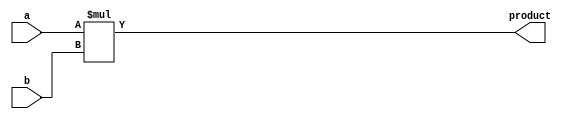
// MIT License
// 
// Copyright (c) 2021-2024 iCAS Lab
// 
// Permission is hereby granted, free of charge, to any person obtaining a copy
// of this software and associated documentation files (the "Software"), to deal
// in the Software without restriction, including without limitation the rights
// to use, copy, modify, merge, publish, distribute, sublicense, and/or sell
// copies of the Software, and to permit persons to whom the Software is
// furnished to do so, subject to the following conditions:
// 
// The above copyright notice and this permission notice shall be included in all
// copies or substantial portions of the Software.
// 
// THE SOFTWARE IS PROVIDED "AS IS", WITHOUT WARRANTY OF ANY KIND, EXPRESS OR
// IMPLIED, INCLUDING BUT NOT LIMITED TO THE WARRANTIES OF MERCHANTABILITY,
// FITNESS FOR A PARTICULAR PURPOSE AND NONINFRINGEMENT. IN NO EVENT SHALL THE
// AUTHORS OR COPYRIGHT HOLDERS BE LIABLE FOR ANY CLAIM, DAMAGES OR OTHER
// LIABILITY, WHETHER IN AN ACTION OF CONTRACT, TORT OR OTHERWISE, ARISING FROM,
// OUT OF OR IN CONNECTION WITH THE SOFTWARE OR THE USE OR OTHER DEALINGS IN THE
// SOFTWARE.

// Company: iCAS Lab, University of South Carolina
// Design Name: 
// Module Name: accurate_multiplier
// Project Name: 
// Target Devices: 
// Tool Versions: 
// Description: 
// 
// Dependencies: 
// 
// Revision:
// Revision 0.01 - File Created


`timescale 1ns / 1ps

module accurate_multiplier #(
    parameter a_BW = 4, 
    parameter b_BW = 4
    
    )                       (
    input [a_BW-1:0] a,
    input [b_BW-1:0] b,
    output [(b_BW+a_BW)-1:0] product
    );
    
    
    assign product = a * b;
    
endmodule